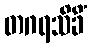
တဂရသိခိံ